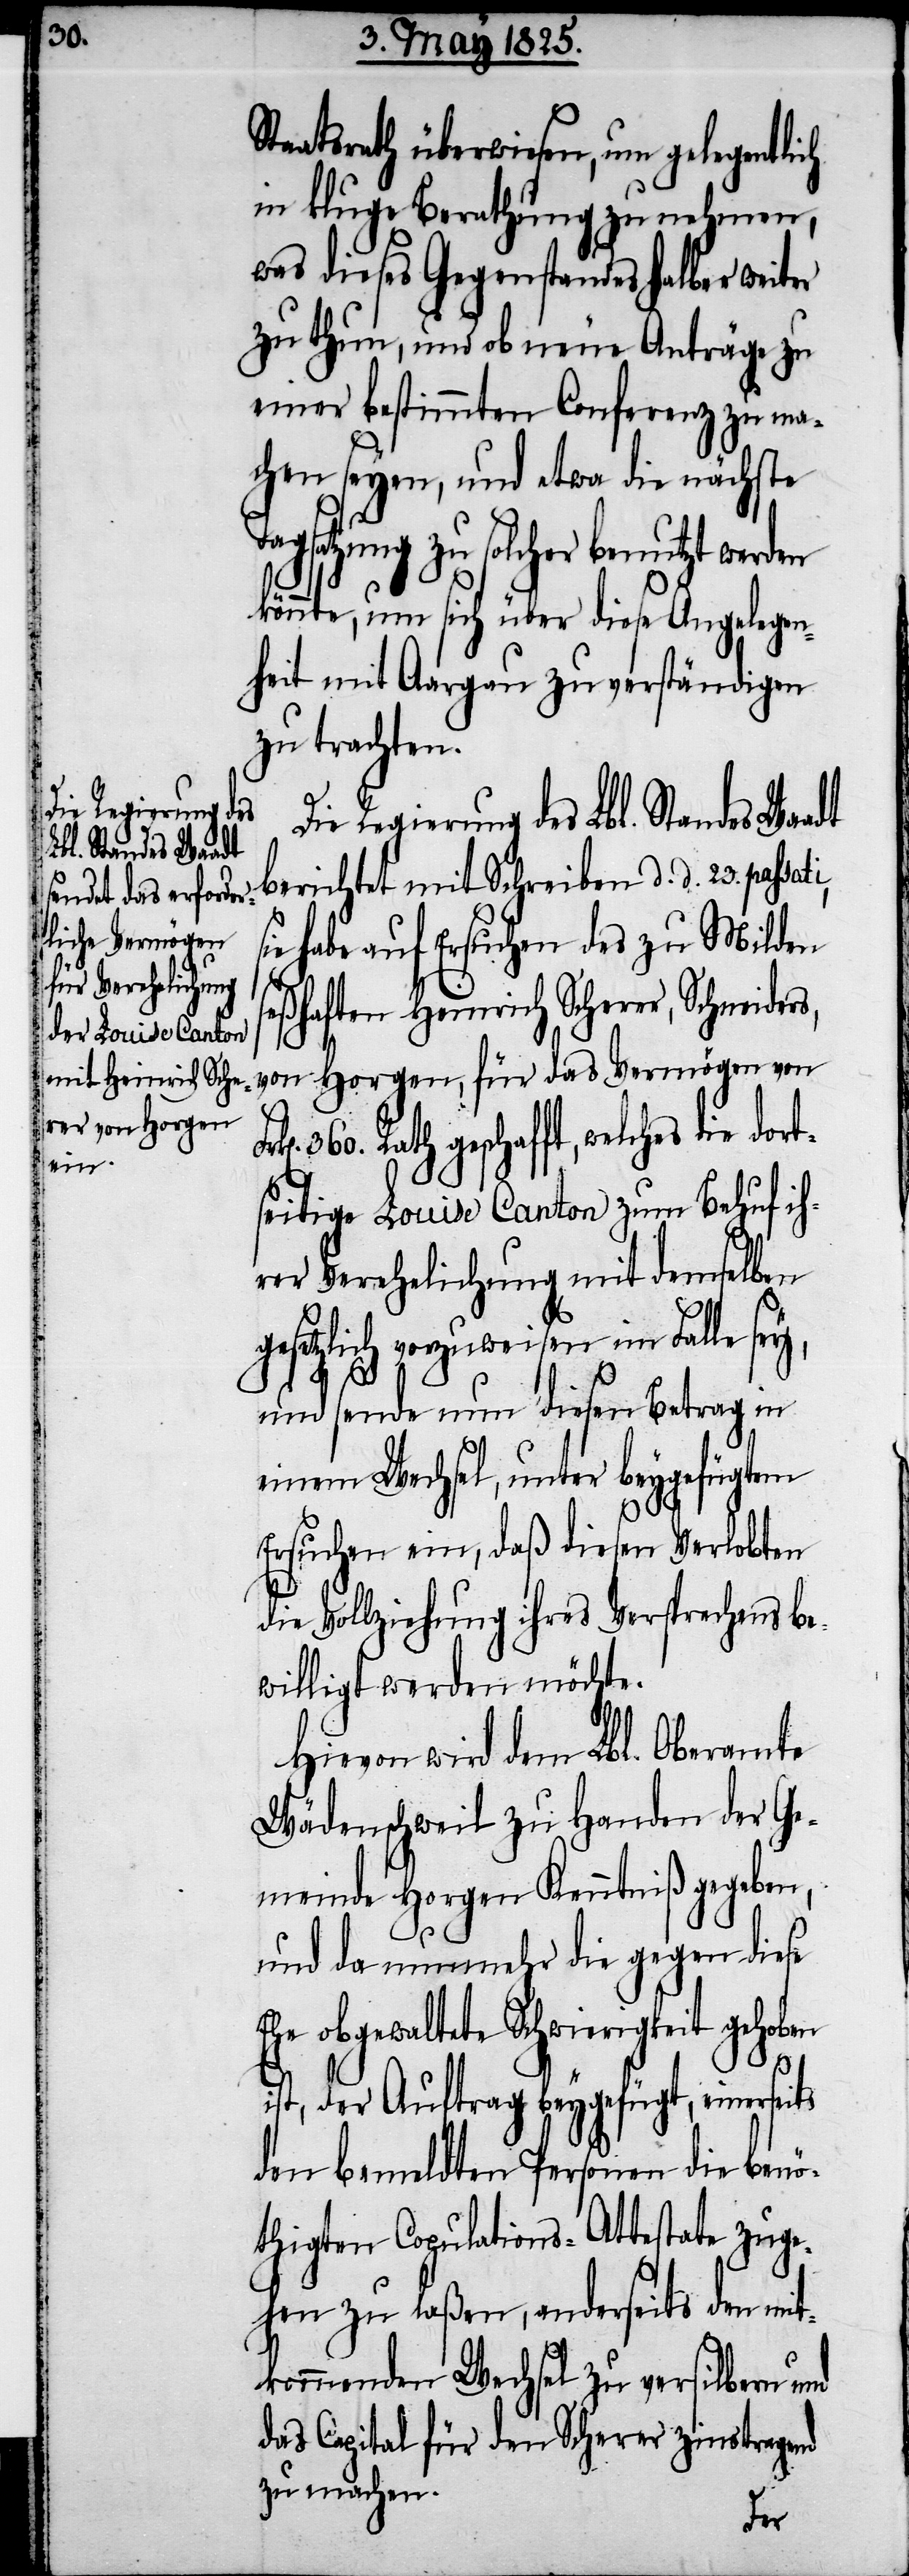
Die Regierung
t¬
Lbl. Standes Waadt

Staatsrath überwiesen, um gelegentlich
in kluge Berathung zu nehmen,
was dieses Gegenstandes halber weiter
zu thun, und ob neue Anträge zu
einer bestimmten Conferenz zu ma¬
chen seyen, und etwa die nächste
Tagsatzung zu solcher benutzt werden
könnte, um sich über diese Angelegen¬
heit mit Aargau zu verständigen
zu trachten.
berichtet mit Schreiben d. d. 23. passa¬
habe auf Ersuchen des zu Milden
seßhaften Heinrich Scherrer,
von Horgen, für das Vermögen von
Rath geschafft, welches die dor¬
seitige Louise Canton zum Behuf ih¬
rer Verehelichung mit demselben
gesetzlich vorzuweisen im Falle sey,
und sende nun diesen Betrag in
einem Wechsel, unter beygefügtem
Ersuchen ein, daß diesen Verlobten
die Vollziehung ihres Versprechens be¬
willigt werden möchte.
Hievon wird dem Lbl. Oberamte
Wädenschweil zu Handen der Ge¬
meinde Horgen Kenntniß gegeben,
und da nunmehr die gegen diese
Ehe obgewaltete Schwierigkeit gehoben
360.
ist, der Auftrag beygefügt, einerseits
den bemeldten Personen die benö¬
thigten Copulations-Attestate zuge¬
hen zu laßen, anderseits den mit¬
kommenden Wechsel zu versilbern und
das Capital für den Scherrer zinstragend
zu machen.
ti,